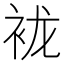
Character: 𰳲